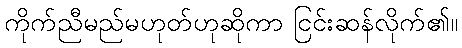
ကိုက်ညီမည်မဟုတ်ဟုဆိုကာ ငြင်းဆန်လိုက်၏။